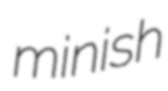
minish